Preliminary report on an investigation into the etiology of Oriental sore in Cambay - Number 50
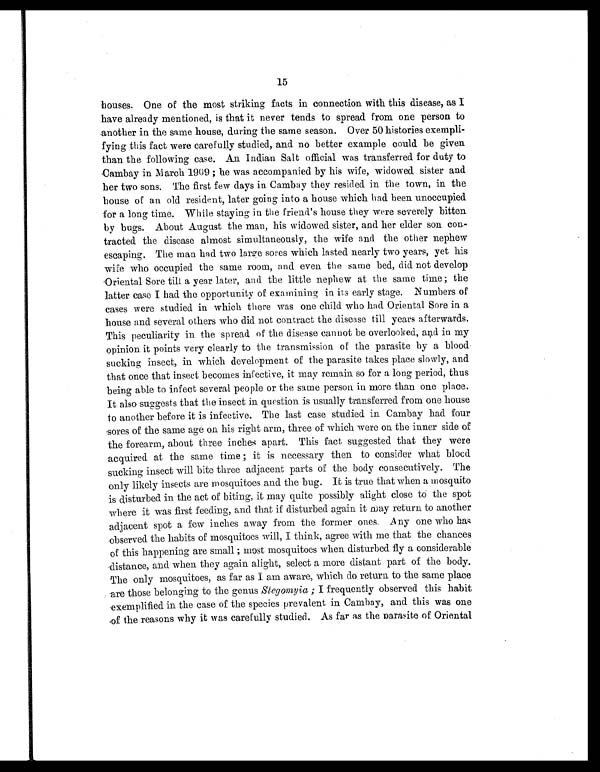
15
houses. One of the most striking facts in connection with this disease, as I
have already mentioned, is that it never tends to spread from one person to
another in the same house, during the same season. Over 50 histories exempli-
fying this fact were carefully studied, and no better example could be given
than the following case. An Indian Salt official was transferred for duty to
Cambay in March 1909 ; he was accompanied by his wife, widowed sister and
her two sons. The first few days in Cambay they resided in the town, in the
house of an old resident, later going into a house which had been unoccupied
for a long time. While staying in the friend's house they were severely bitten
by bugs. About August the man, his widowed sister, and her elder son con-
tracted the disease almost simultaneously, the wife and the other nephew
escaping. The man had two large sores which lasted nearly two years, yet his
wife who occupied the same room, and even the same bed, did not develop
Oriental Sore till a year later, and the little nephew at the same time ; the
latter case I had the opportunity of examining in its early stage. Numbers of
cases were studied in which there was one child who had Oriental Sore in a
house and several others who did not contract the disease till years afterwards.
This peculiarity in the spread of the disease cannot be overlooked, and in my
opinion it points very clearly to the transmission of the parasite by a blood.
sucking insect, in which development of the parasite takes place slowly, and.
that once that insect becomes infective, it may remain so for a long period, thus
being able to infect several people or the same person in more than one place.
It also suggests that the insect in question is usually transferred from one house
to another before it is infective. The last case studied in Cambay had. four
sores of the same age on his right arm, three of which were on the inner side of
the forearm, about three inches apart. This fact suggested that they were
acquired at the same time ; it is necessary then to consider what blood
sucking insect will bite three adjacent parts of the body consecutively. The
only likely insects are mosquitoes and the bug. It is true that when a mosquito
is disturbed in the act of biting, it may quite possibly alight close to the spot
where it was first feeding, and that if disturbed again it may return to another
adjacent spot a few inches away from the former ones. Any one who has
observed the habits of mosquitoes will, I think, agree with me that the chances
of this happening are small ; most mosquitoes when disturbed fly a considerable
distance, and when they again alight, select a more distant part of the body.
The only mosquitoes, as far as I am aware, which do return to the same place
are those belonging to the genus Slegomyia ; I frequently observed this habit
exemplified in the case of the species prevalent in Cambay, and this was one
of the reasons why it was carefully studied. As far as the parasite of Oriental